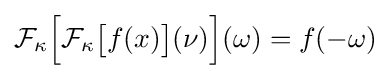
{\cal {F}}_{\kappa }{\Big [}{\cal {F}}_{\kappa }{\big [}f(x){\big ]}(\nu ){\Big ]}(\omega )=f(-\omega )